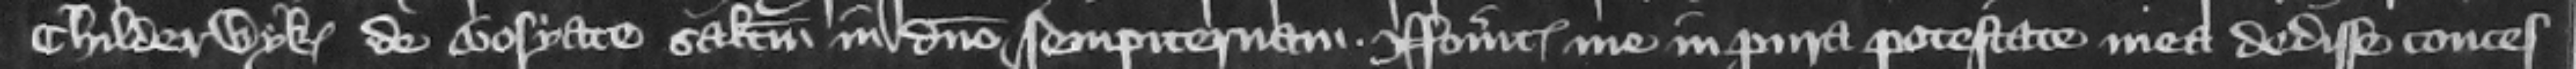
Childerwyk de Bosyate salutem in Domino sempiternam. Noueritis me in pura potestate mea dedisse conces